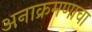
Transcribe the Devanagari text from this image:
अनाक्रमणाचा